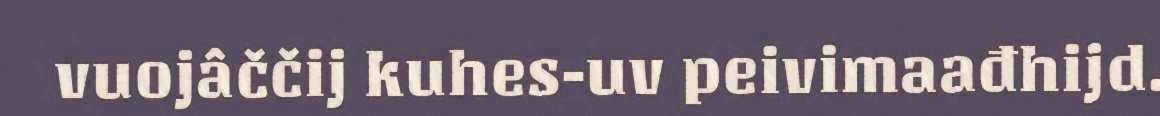
vuojâččij kuhes-uv peivimaađhijd.